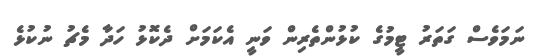
ނަމަވެސް ގަތަރު ޓީމުގެ ކުޅުންތެރިން ވަނީ އެކަމަށް ދެކޮޅު ހަދާ މެޗު ނުކުޅެ